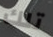
تلك